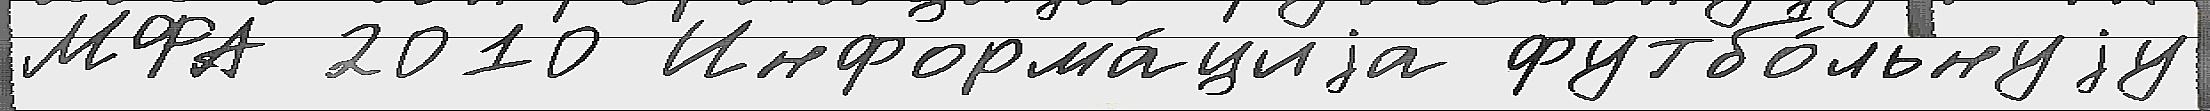
МФА 2010 Информа́циjа футбо́льнуjу